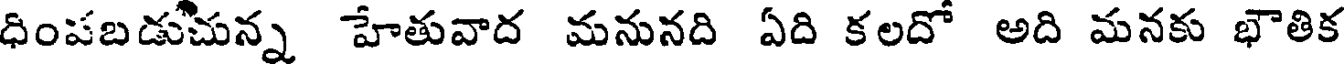
ధింపబడుచున్న హేతువాద మనునది ఏది కలదో అది మనకు భౌతిక